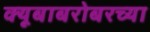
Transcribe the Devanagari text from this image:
क्यूबाबरोबरच्या